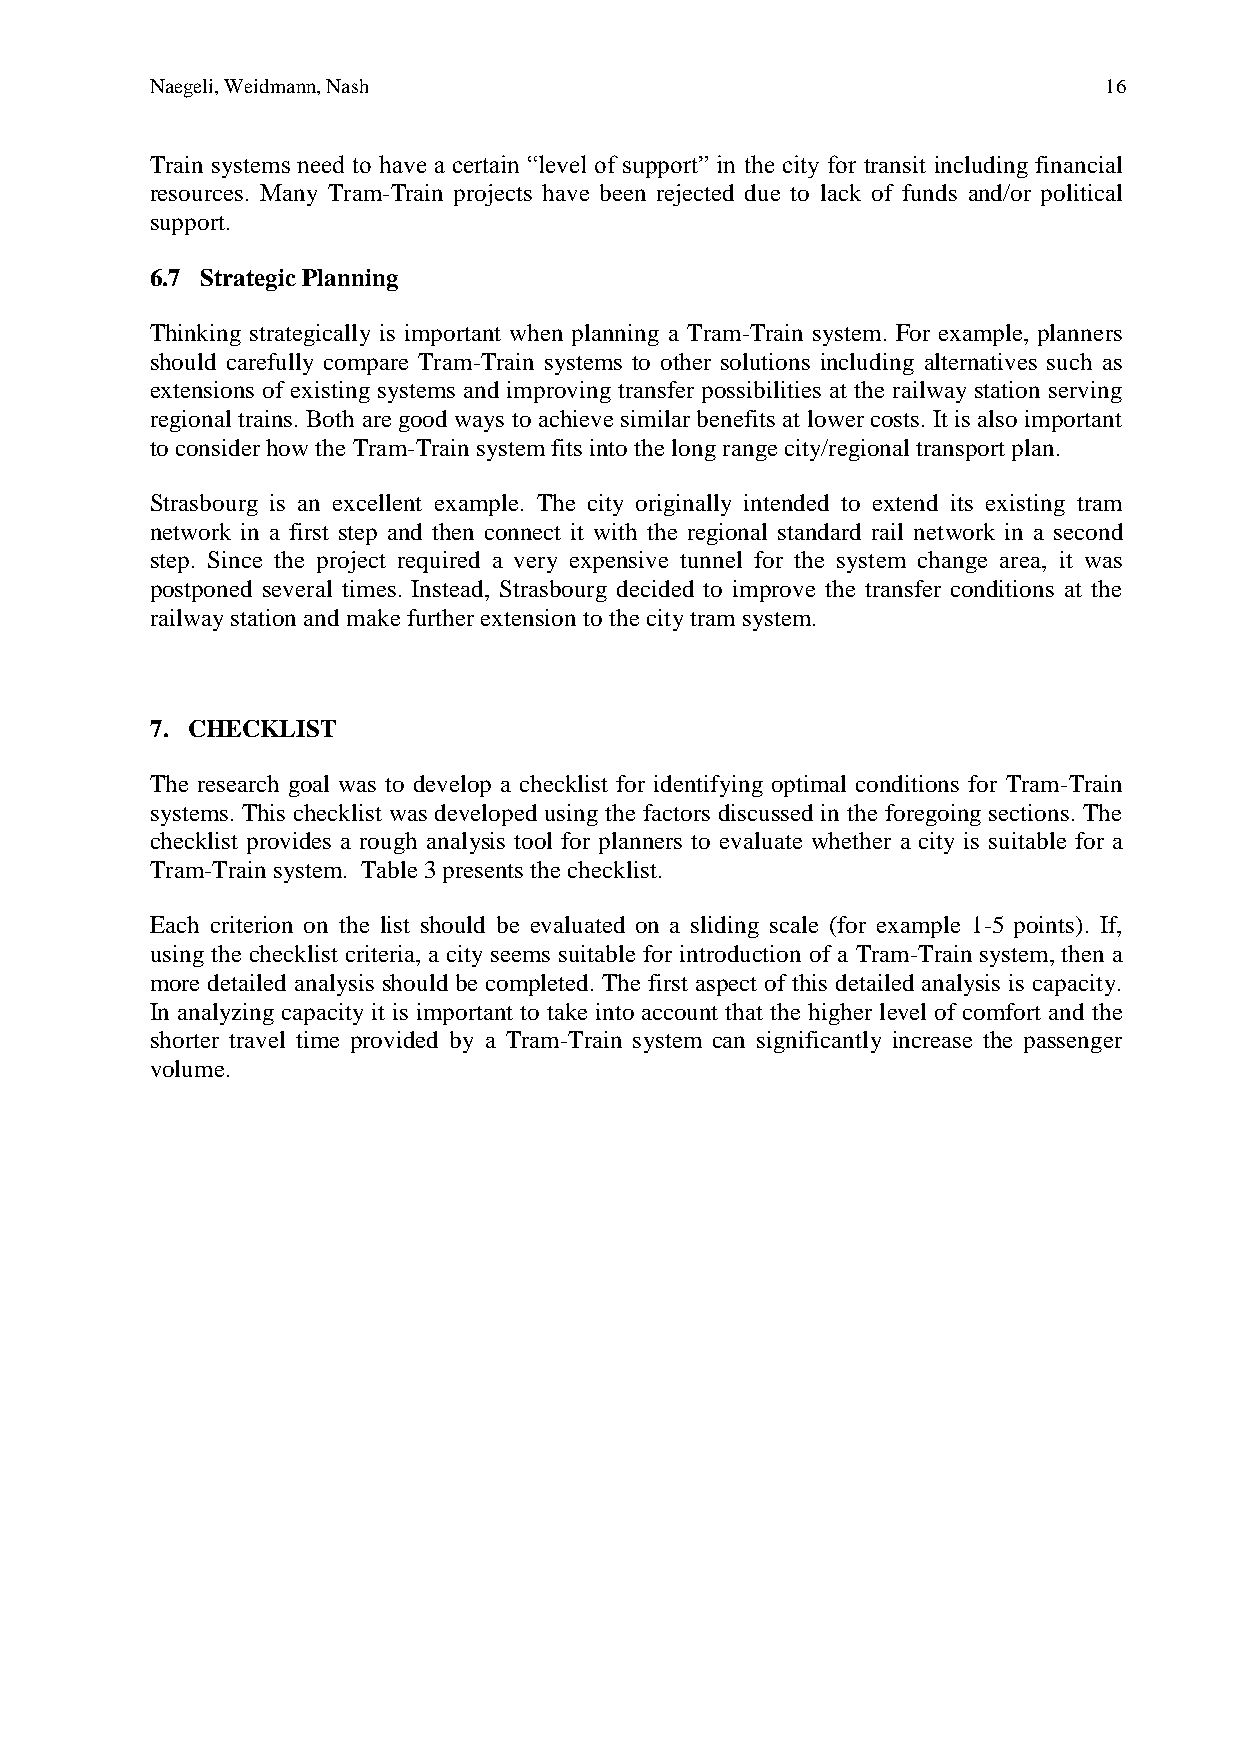
Naegeli, Weidmann, Nash                                        16
 Train systems need to have a certain “level of support” in the city for transit including financial
 resources. Many Tram-Train projects have been rejected due to lack of funds and/or political
 support.
 6.7 Strategic Planning
 Thinking strategically is important when planning a Tram-Train system. For example, planners
 should carefully compare Tram-Train systems to other solutions including alternatives such as
 extensions of existing systems and improving transfer possibilities at the railway station serving
 regional trains. Both are good ways to achieve similar benefits at lower costs. It is also important
 to consider how the Tram-Train system fits into the long range city/regional transport plan.
 Strasbourg is an excellent example. The city originally intended to extend its existing tram
 network in a first step and then connect it with the regional standard rail network in a second
 step. Since the project required a very expensive tunnel for the system change area, it was
 postponed several times. Instead, Strasbourg decided to improve the transfer conditions at the
 railway station and make further extension to the city tram system.
 7. CHECKLIST
 The research goal was to develop a checklist for identifying optimal conditions for Tram-Train
 systems. This checklist was developed using the factors discussed in the foregoing sections. The
 checklist provides a rough analysis tool for planners to evaluate whether a city is suitable for a
 Tram-Train system. Table 3 presents the checklist.
 Each criterion on the list should be evaluated on a sliding scale (for example 1-5 points). If,
 using the checklist criteria, a city seems suitable for introduction of a Tram-Train system, then a
 more detailed analysis should be completed. The first aspect of this detailed analysis is capacity.
 In analyzing capacity it is important to take into account that the higher level of comfort and the
 shorter travel time provided by a Tram-Train system can significantly increase the passenger
 volume.